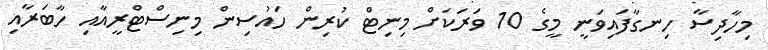
މިހާދިސާ ހިނގާފައިވަނީ މީގެ 10 ވަރަކަށް މިނިޓް ކުރިން ހައުސިން މިނިސްޓްރީއާއި ހާބަރާއި